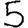
Digit: 5